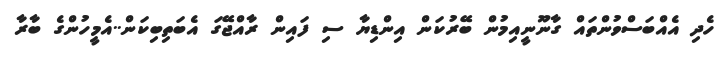
ހެދި އެއްބަސްވުންތައް ގާނޫނީއިމުން ބޭރުކަން އިންޑިޔާ ސި ފައިން ރާއްޖޭގަ އެބަތިބިކަން..އެމީހުންގެ ބާރާ